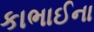
કાભાઈના